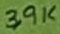
Text: 3,9K